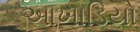
આખાડિયો